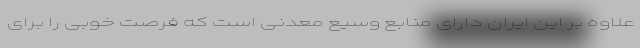
علاوه بر این ایران دارای منابع وسیع معدنی است که فرصت خوبی را برای